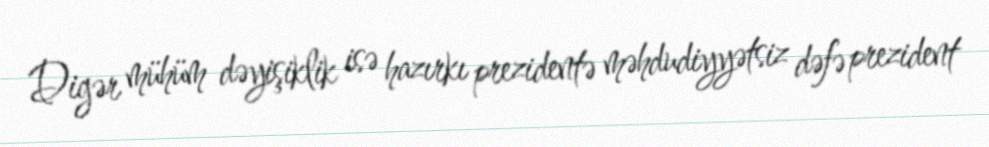
Digər mühüm dəyişiklik isə hazırkı prezidentə məhdudiyyətsiz dəfə prezident